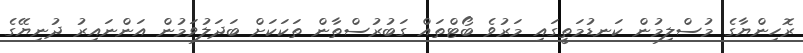
ރޮހިންޔާގެ މުސްލިމުން ކަނޑުމަތީގައި މަރުވެ ބޯޓްތައް ގަބުރުސްތާން ތަކަކަށް ބަދަލުވަމުން އަންނައިރު ދުނިޔޭގެ